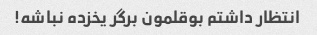
انتظار داشتم بوقلمون برگر یخزده نباشه!